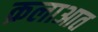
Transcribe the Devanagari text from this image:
क़लाआत